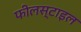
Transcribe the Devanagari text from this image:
फीलस्टाइल